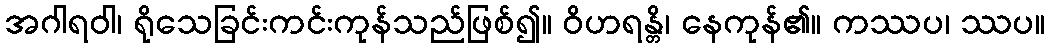
အဂါရဝါ၊ ရိုသေခြင်းကင်းကုန်သည်ဖြစ်၍။ ဝိဟရန္တိ၊ နေကုန်၏။ ကဿပ၊ ဿပ။